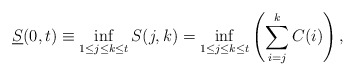
\begin{align*} \underline{S}(0,t) \equiv \inf_{{1}\le{j}\le{k}\le{t}}S(j,k) = \inf_{{1}\le{j}\le{k}\le{t}}\left(\sum\limits_{i=j}\limits^{k}{C(i)}\right),\end{align*}